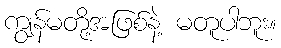
ကျွန်မတို့အဖြစ်နဲ့ မတူပါဘူး။